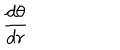
{ \frac { d \theta } { d r } }